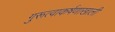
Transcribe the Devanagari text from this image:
गुरूत्वाकर्षणाखाली